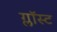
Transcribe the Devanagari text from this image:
ग्लॉस्ट